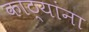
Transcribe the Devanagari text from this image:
काठ्यांना